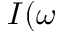
I ( \omega